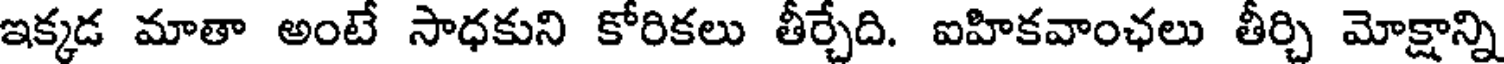
ఇక్కడ మాతా అంటే సాధకుని కోరికలు తీర్చేది. ఐహికవాంఛలు తీర్చి మోక్షాన్ని